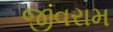
જીવરામ